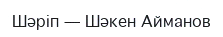
Шәріп — Шәкен Айманов